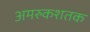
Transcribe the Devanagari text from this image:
अमरुकशतक